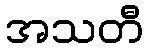
အသတီ